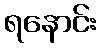
ရနောင်း